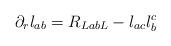
LaTeX: \begin{align*}\partial_r l_{ab} = R_{LabL} -l_{ac} l^c_b\end{align*}